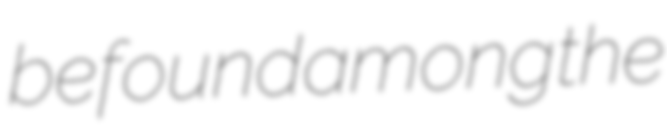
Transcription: be found among the